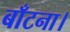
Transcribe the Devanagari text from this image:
बाँटना।